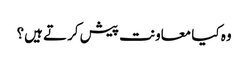
وہ کیا معاونت پیش کرتے ہیں؟